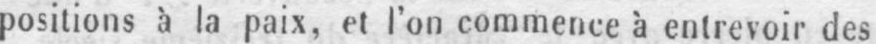
positions à la paix, et l’on commence à entrevoir des